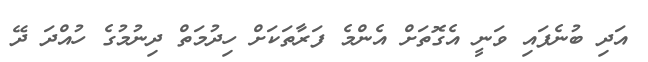
އަދި ބުނެފައި ވަނީ އެގޮތަށް އެންމެ ފަރާތަކަށް ހިދުމަތް ދިނުމުގެ ހުއްދަ ދޭ